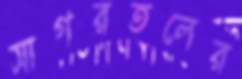
সাগরতলের